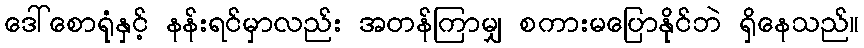
ဒေါ်စောရုံနှင့် နန်းရင်မှာလည်း အတန်ကြာမျှ စကားမပြောနိုင်ဘဲ ရှိနေသည်။